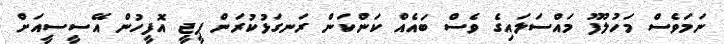
ނަމަވެސް މަހުލޫފު މައްސަލައިގެ ވެސް ބައެއް ކަންކަން ރަނގަޅުކުރަން ޕީޖީ އޮފީހުން އޭސީސީއަށް